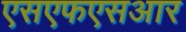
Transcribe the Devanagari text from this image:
एसएफएसआर